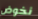
نخوض